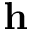
\mathbf { h }